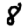
Digit: 8